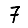
Digit: 7